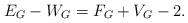
LaTeX: \begin{align*}E_G - W_G = F_G + V_G - 2.\end{align*}